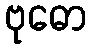
ဗုဓော